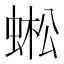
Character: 蜙